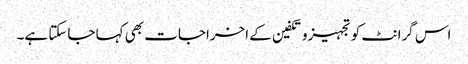
اس گرانٹ کو تجہیزوتکفین کے اخراجات بھی کہا جاسکتا ہے۔